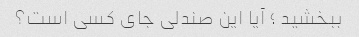
ببخشید ؛ آیا این صندلی جای کسی است؟